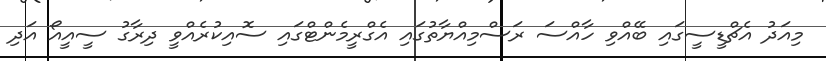
މިއަދު އެޗްޑީސީގައި ބޭއްވި ހާއްސަ ރަސްމިއްޔާތުގައި އެގްރީމެންޓްގައި ސޮއިކުރެއްވީ ދިރާގު ސީއީއޯ އަދި